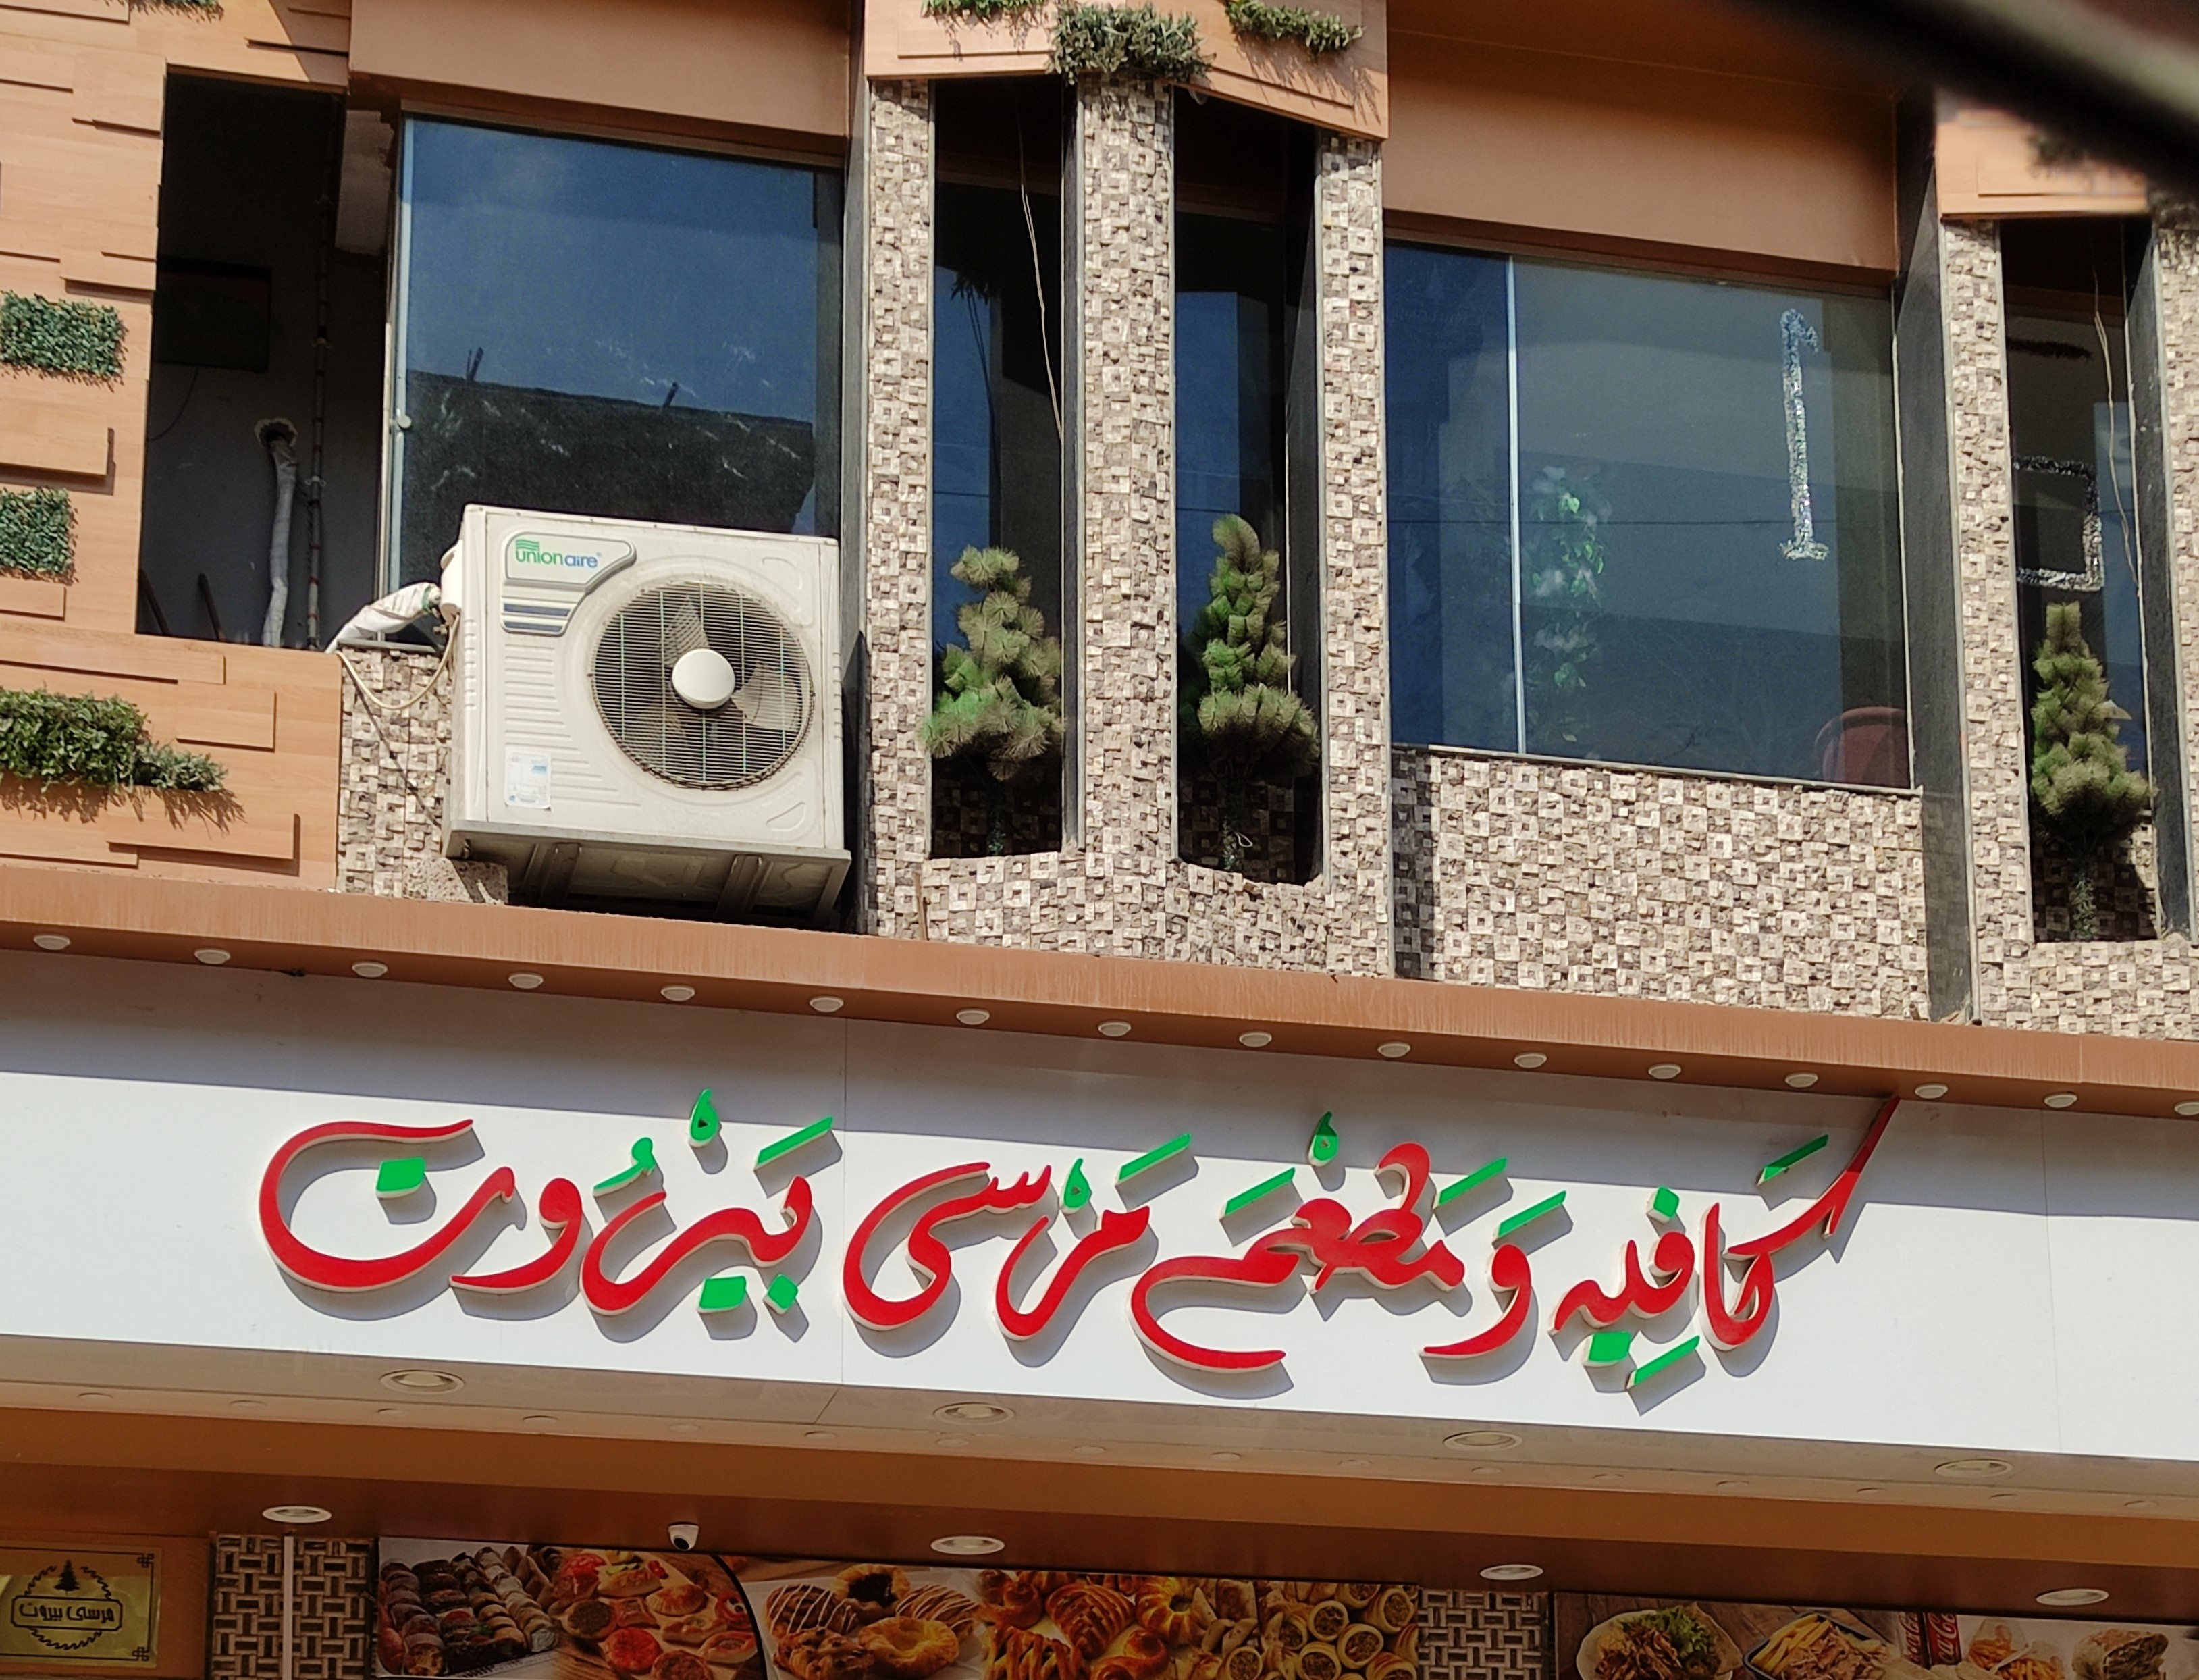
Text in image: بيروت مرسى ومطعم كافيه